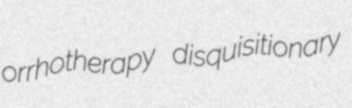
orrhotherapy disquisitionary